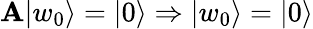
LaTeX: \mathbf{A}|w_{0}\rangle=|0\rangle\Rightarrow|w_{0}\rangle=|0\rangle